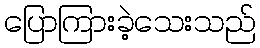
ပြောကြားခဲ့သေးသည်